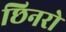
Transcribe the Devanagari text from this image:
छिनरो